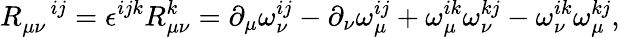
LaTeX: R_{\mu\nu}^{\quad ij}=\epsilon^{ijk}R_{\mu\nu}^{k}=\partial_{\mu}\omega_{\nu}^{ij}-\partial_{\nu}\omega_{\mu}^{ij}+\omega_{\mu}^{ik}\omega_{\nu}^{kj}-\omega_{\nu}^{ik}\omega_{\mu}^{kj},